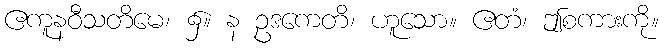
ဧကူနဝီသတိမေ၊ ၌။ န ဥဒကေတိ၊ ဟူသော။ ဧတံ၊ ဤစကားကို။